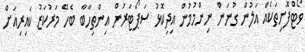
ވޯޓްފޮށިތަކެއް އަލުން ގުނަން ނިންމުމުން އިދިކޮޅު ސަޕޯޓަރުން އިންތިހާބާ ބެހޭ މަރުކަޒު ކައިިރިއަށް